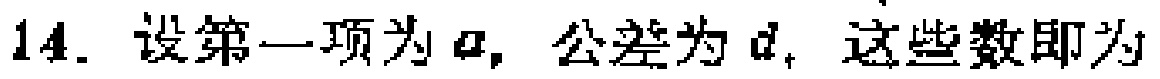
14. 设第一项为 \(a\)，公差为 \(d\)，这些数即为